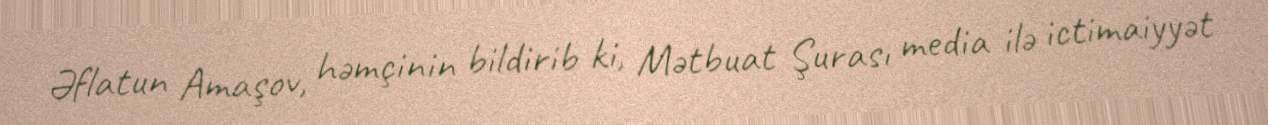
Əflatun Amaşov, həmçinin bildirib ki, Mətbuat Şurası media ilə ictimaiyyət